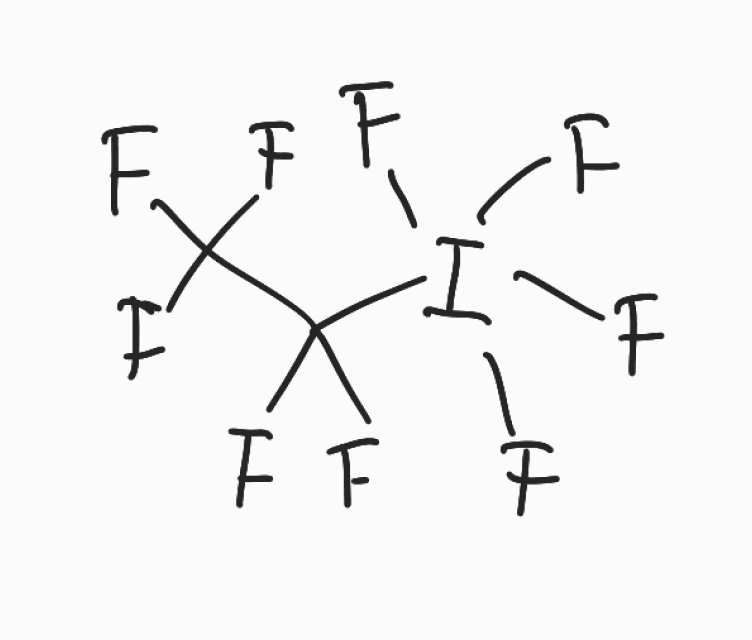
Simplified molecular-input line-entry system (SMILES) notation of the given molecule:
C(C(F)(F)I(F)(F)(F)F)(F)(F)F